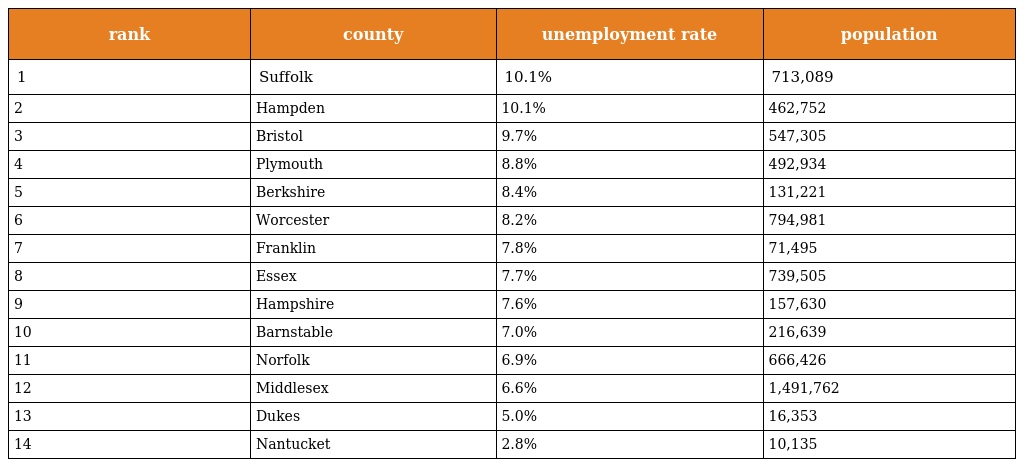
| rank | county | unemployment rate | population |
 | --- | --- | --- | --- |
 | 1 | Suffolk | 10.1% | 713,089 |
 | 2 | Hampden | 10.1% | 462,752 |
 | 3 | Bristol | 9.7% | 547,305 |
 | 4 | Plymouth | 8.8% | 492,934 |
 | 5 | Berkshire | 8.4% | 131,221 |
 | 6 | Worcester | 8.2% | 794,981 |
 | 7 | Franklin | 7.8% | 71,495 |
 | 8 | Essex | 7.7% | 739,505 |
 | 9 | Hampshire | 7.6% | 157,630 |
 | 10 | Barnstable | 7.0% | 216,639 |
 | 11 | Norfolk | 6.9% | 666,426 |
 | 12 | Middlesex | 6.6% | 1,491,762 |
 | 13 | Dukes | 5.0% | 16,353 |
 | 14 | Nantucket | 2.8% | 10,135 |